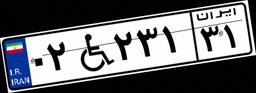
۰۲W۲۳۱۳۱